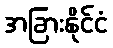
အခြားနိုင်ငံ